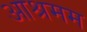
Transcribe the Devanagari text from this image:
आश्रमम